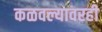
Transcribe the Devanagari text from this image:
कळवल्यावरही